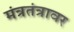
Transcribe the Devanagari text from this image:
मंत्रतंत्रावर